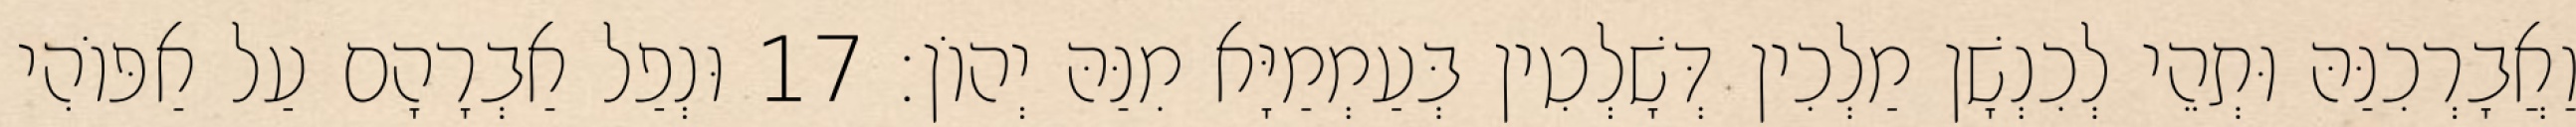
וַאֲבָרְכִנַּהּ וּתְהֵי לְכִנְשָׁן מַלְכִין דְּשָׁלְטִין בְּעַמְמַיָּא מִנַּהּ יְהוֹן׃ 17 וּנְפַל אַבְרָהָם עַל אַפּוֹהִי